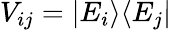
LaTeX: V_{ij}=\vert E_{i}\rangle\langle E_{j}\vert